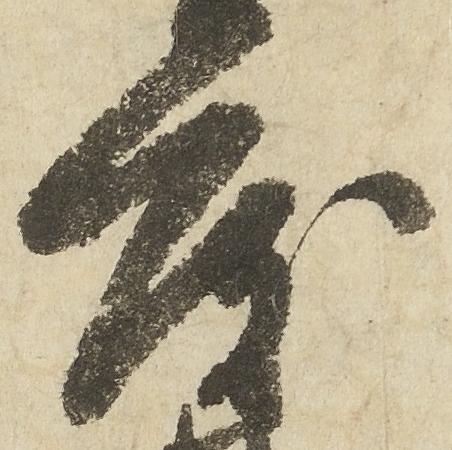
度